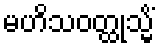
မဟိသဝတ္ထုသ္မိံ